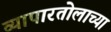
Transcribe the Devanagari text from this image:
व्यापारतोलाच्या